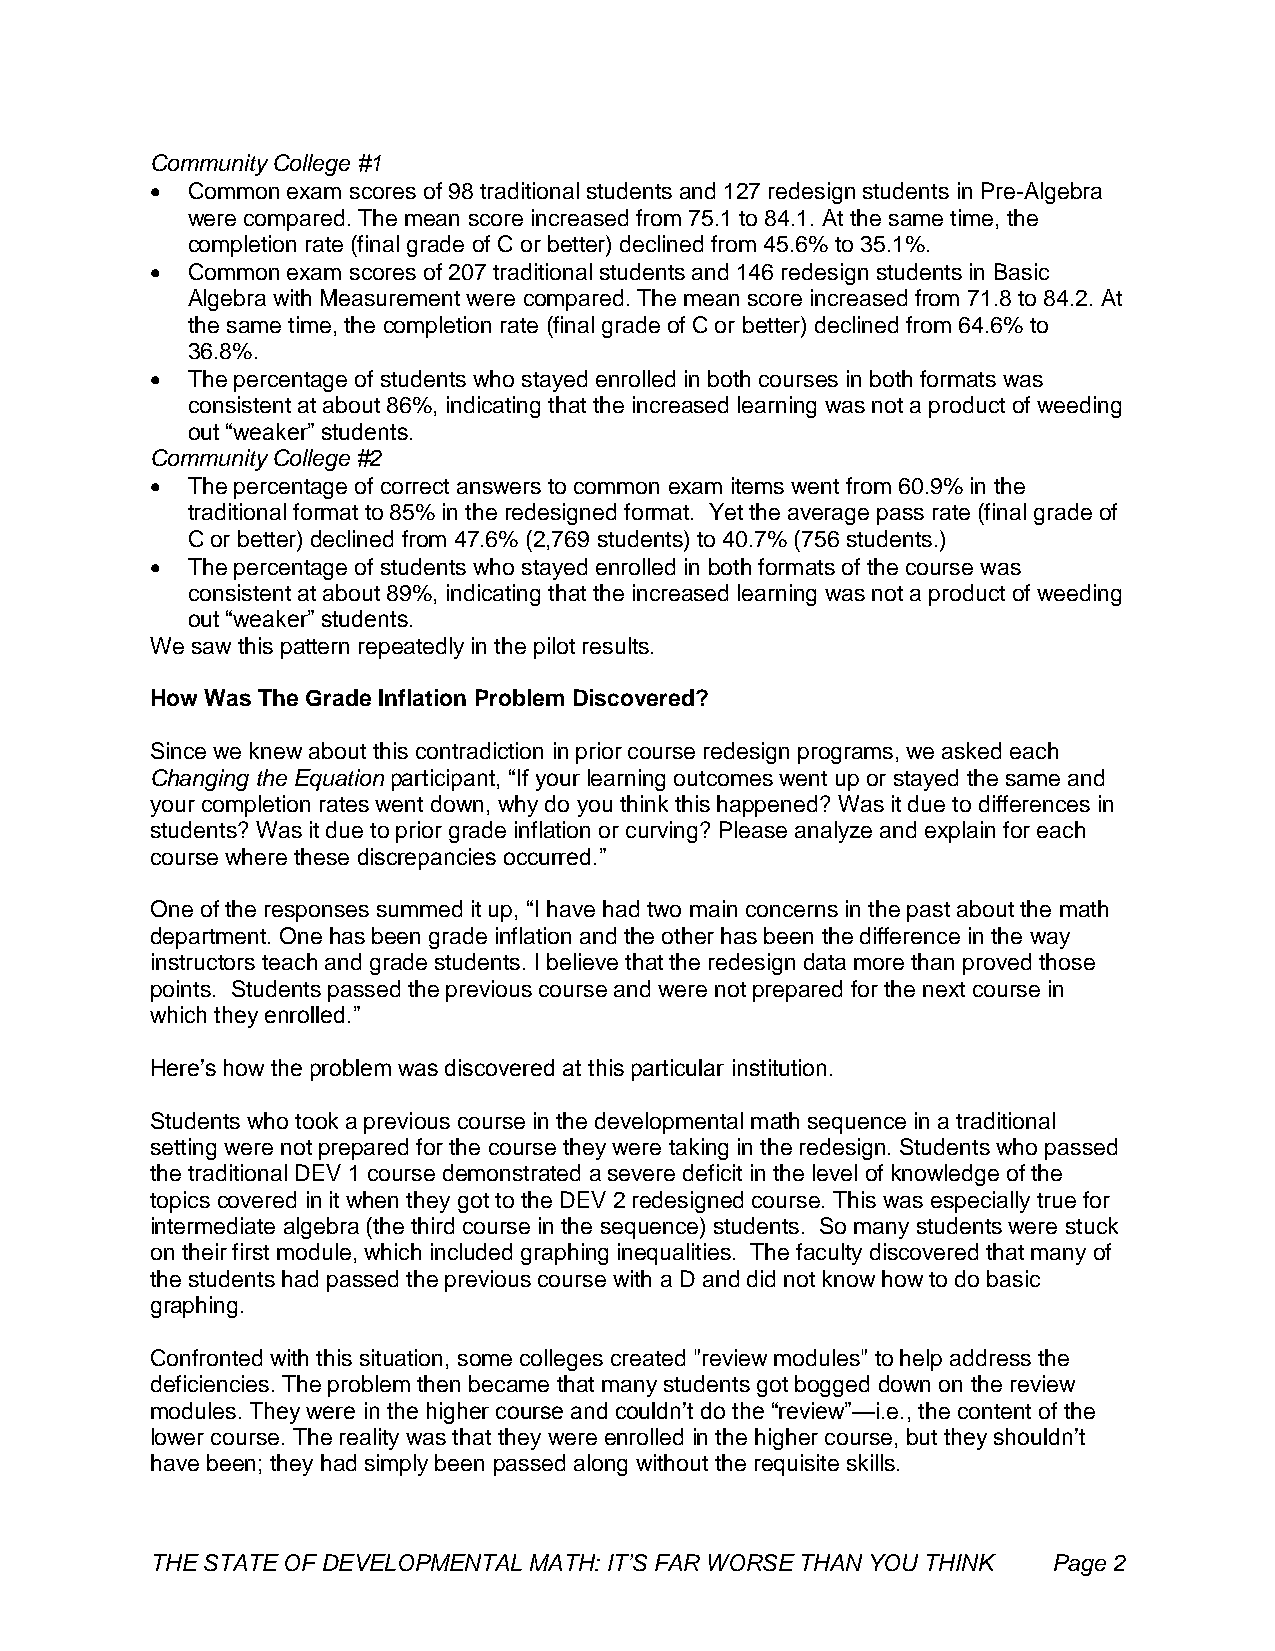
Community College #1
  Common exam scores of 98 traditional students and 127 redesign students in Pre-Algebra
 were compared. The mean score increased from 75.1 to 84.1. At the same time, the
 completion rate (final grade of C or better) declined from 45.6% to 35.1%.
  Common exam scores of 207 traditional students and 146 redesign students in Basic
 Algebra with Measurement were compared. The mean score increased from 71.8 to 84.2. At
 the same time, the completion rate (final grade of C or better) declined from 64.6% to
 36.8%.
  The percentage of students who stayed enrolled in both courses in both formats was
 consistent at about 86%, indicating that the increased learning was not a product of weeding
 out “weaker” students.
 Community College #2
  The percentage of correct answers to common exam items went from 60.9% in the
 traditional format to 85% in the redesigned format. Yet the average pass rate (final grade of
 C or better) declined from 47.6% (2,769 students) to 40.7% (756 students.)
  The percentage of students who stayed enrolled in both formats of the course was
 consistent at about 89%, indicating that the increased learning was not a product of weeding
 out “weaker” students.
 We saw this pattern repeatedly in the pilot results.
 How Was The Grade Inflation Problem Discovered?
 Since we knew about this contradiction in prior course redesign programs, we asked each
 Changing the Equation participant, “If your learning outcomes went up or stayed the same and
 your completion rates went down, why do you think this happened? Was it due to differences in
 students? Was it due to prior grade inflation or curving? Please analyze and explain for each
 course where these discrepancies occurred.”
 One of the responses summed it up, “I have had two main concerns in the past about the math
 department. One has been grade inflation and the other has been the difference in the way
 instructors teach and grade students. I believe that the redesign data more than proved those
 points. Students passed the previous course and were not prepared for the next course in
 which they enrolled.”
 Here’s how the problem was discovered at this particular institution.
 Students who took a previous course in the developmental math sequence in a traditional
 setting were not prepared for the course they were taking in the redesign. Students who passed
 the traditional DEV 1 course demonstrated a severe deficit in the level of knowledge of the
 topics covered in it when they got to the DEV 2 redesigned course. This was especially true for
 intermediate algebra (the third course in the sequence) students. So many students were stuck
 on their first module, which included graphing inequalities. The faculty discovered that many of
 the students had passed the previous course with a D and did not know how to do basic
 graphing.
 Confronted with this situation, some colleges created "review modules" to help address the
 deficiencies. The problem then became that many students got bogged down on the review
 modules. They were in the higher course and couldn’t do the “review”—i.e., the content of the
 lower course. The reality was that they were enrolled in the higher course, but they shouldn’t
 have been; they had simply been passed along without the requisite skills.
 THE STATE OF DEVELOPMENTAL MATH: IT’S FAR WORSE THAN YOU THINK Page 2